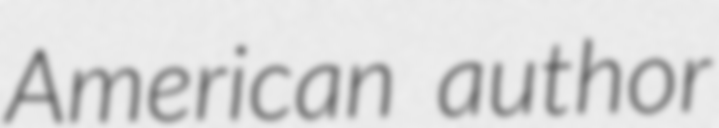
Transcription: American author